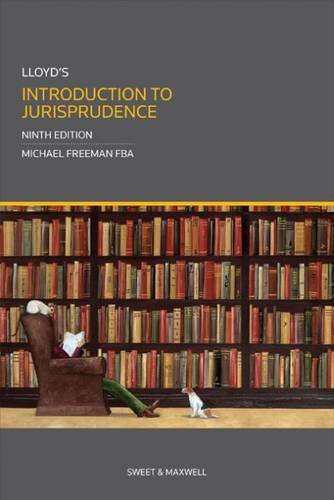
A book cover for Lloyd's Introduction to Jurisprudence; Michael Freeman; Law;